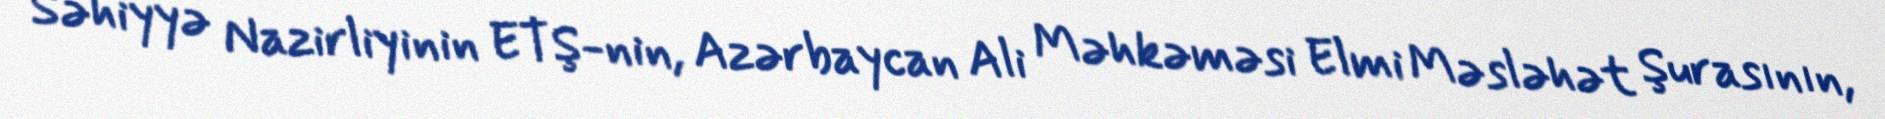
Səhiyyə Nazirliyinin ETŞ-nin, Azərbaycan Ali Məhkəməsi Elmi Məsləhət Şurasının,